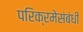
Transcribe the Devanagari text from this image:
परिक्रमेसंबंधी